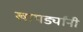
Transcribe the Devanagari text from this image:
खापर्ड्यांनी